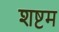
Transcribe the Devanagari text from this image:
शष्टम